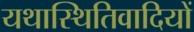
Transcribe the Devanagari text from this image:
यथास्थितिवादियों